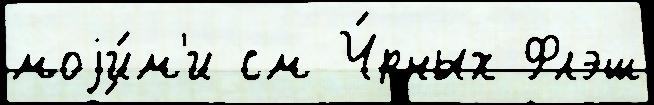
моjи́м'и см Ч́рных Флэш